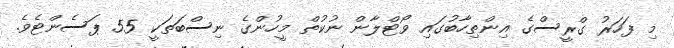
މި ފަހަރު ގްރީސްގެ އިންތިހާބުގައި ވޯޓްލާން ނުކުތް މީހުންގެ ނިސްބަތަކީ 55 ޕަސެންޓެވެ.